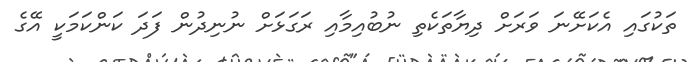
ތަކުގައި އެކަށޭނަ ވަރަށް ދިޔާތަކެތި ނުބުއިމާއި ރަގަޅަށް ނުނިދުން ފަދަ ކަންކަމަކީ އޭގެ